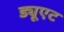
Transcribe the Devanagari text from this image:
ड्यूएट